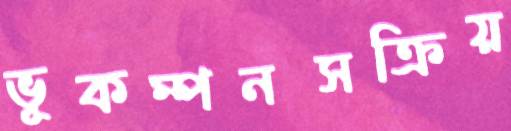
ভূকম্পনসক্রিয়